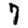
Digit: 7